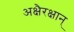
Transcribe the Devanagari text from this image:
अक्षैरक्षान्